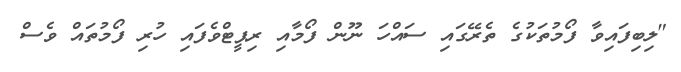
"ލިބިފައިވާ ފޯމުތަކުގެ ތެރޭގައި ސައްހަ ނޫން ފޯމާއި ރިޕީޓްވެފައި ހުރި ފޯމުތައް ވެސް